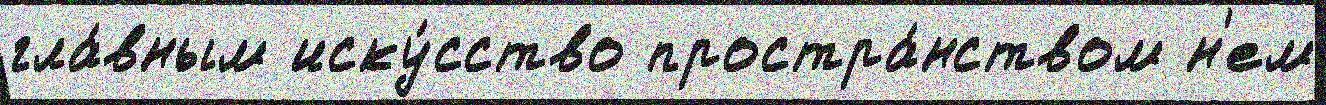
гла́вным иску́сство простра́нством н'ем